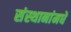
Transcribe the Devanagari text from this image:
संस्थानांमधे